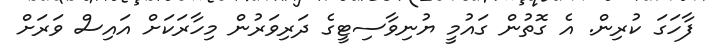
ފާހަގަ ކުރިން. އެ ގޮތުން ގައުމީ ޔުނިވާސިޓީގެ ދަރިވަރުން މިހާރަކަށް އައިސް ވަރަށް